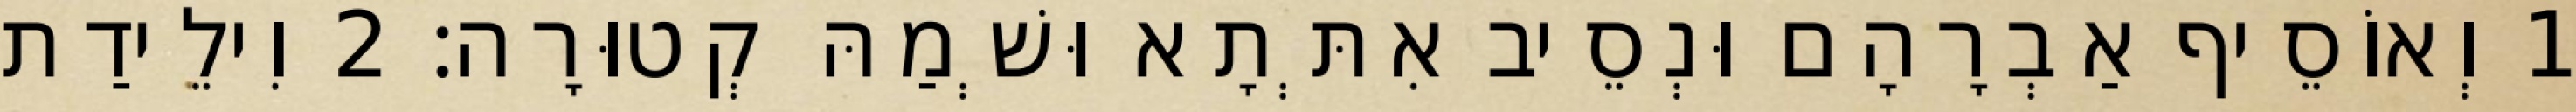
1 וְאוֹסֵיף אַבְרָהָם וּנְסֵיב אִתְּתָא וּשְׁמַהּ קְטוּרָה׃ 2 וִילֵידַת